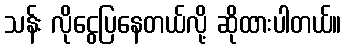
သန်း လိုငွေပြနေတယ်လို့ ဆိုထားပါတယ်။